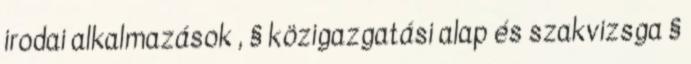
irodai alkalmazások , § közigazgatási alap és szakvizsga §